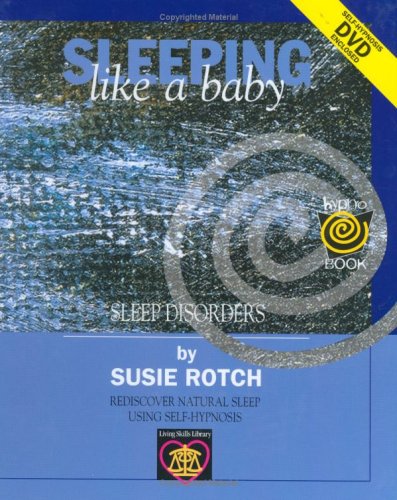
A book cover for Sleeping Like a Baby (HypnoBooks); Susie Rotch; Health, Fitness & Dieting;